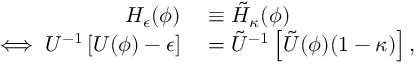
\begin{array} { r l } { { H } _ { \epsilon } ( \phi ) } & { { } \equiv \tilde { H } _ { \kappa } ( \phi ) } \\ { \iff { U } ^ { - 1 } \left[ { U } ( \phi ) - \epsilon \right] } & { { } = \tilde { U } ^ { - 1 } \left[ \tilde { U } ( \phi ) ( 1 - \kappa ) \right] , } \end{array}